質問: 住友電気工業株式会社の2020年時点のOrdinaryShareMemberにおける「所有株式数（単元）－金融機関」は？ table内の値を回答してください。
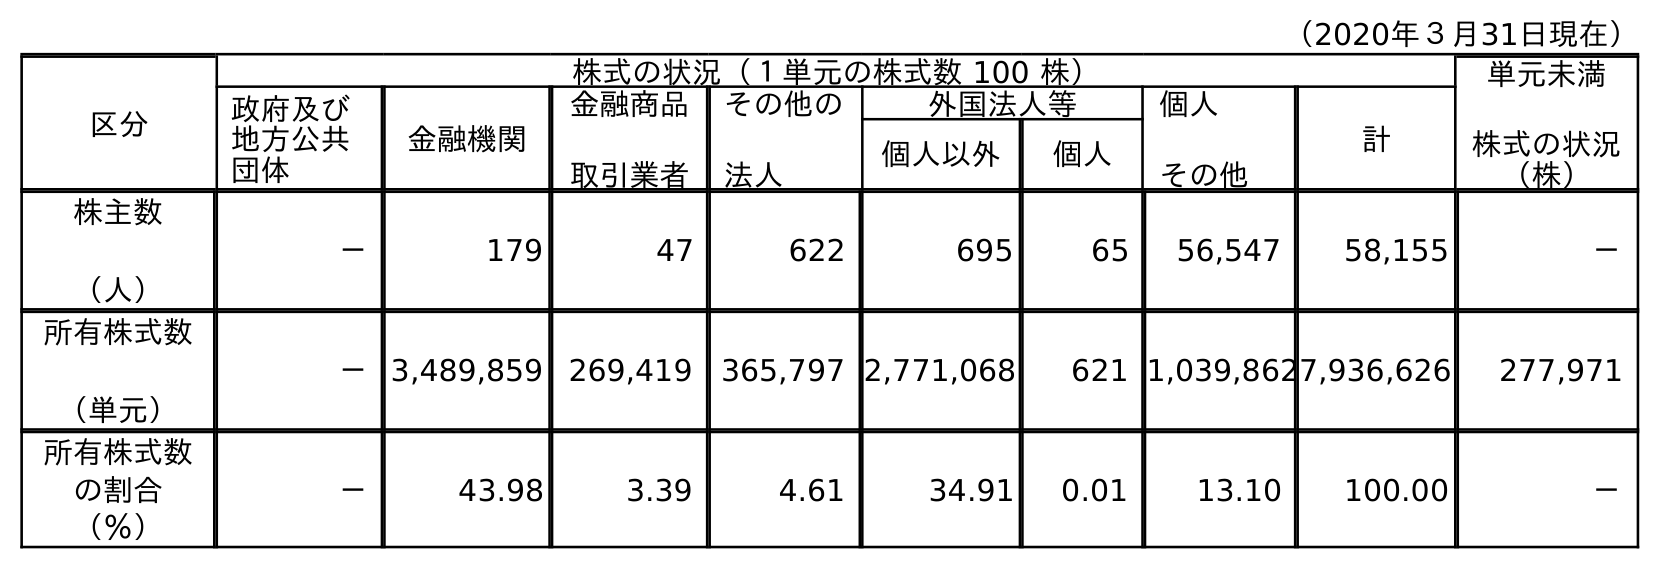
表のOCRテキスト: （2020年３月31日現在） 区分 株式の状況（１単元の株式数 100 株） 単元未満 株式の状況 （株） 政府及び 地方公共 団体 金融機関 金融商品 取引業者 その他の 法人 外国法人等 個人 その他 計 個人以外 個人 株主数 （人） － 179 47 622 695 65 56,547 58,155 － 所有株式数 （単元） －3,489,859 269,419 365,797 2,771,068 621 1,039,8627,936,626 277,971 所有株式数 の割合 （％） － 43.98 3.39 4.61 34.91 0.01 13.10 100.00 －
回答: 3,489,859